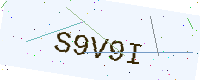
Text: S9V9I